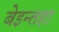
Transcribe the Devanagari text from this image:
बेइन्तहा